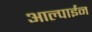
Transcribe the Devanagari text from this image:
आल्पाईन